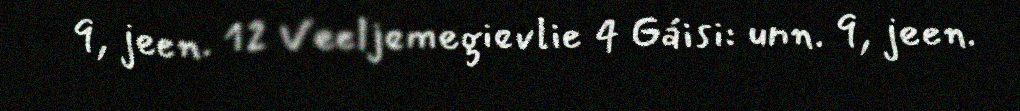
9, jeen. 12 Veeljemegievlie 4 Gáisi: unn. 9, jeen.